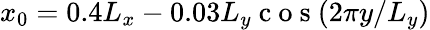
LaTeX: x_{0}=0.4L_{x}-0.03L_{y}\mathrm{~c~o~s~}(2\pi y/L_{y})